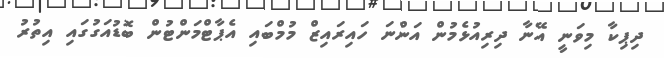
ދިޕިކާ މިވަނީ އޭނާ ދިރިއުޅެމުން އަންނަ ހައިރައިޒް މުމްބައި އެޕާޓްމަންޓުން ބޮޑުއަގުގައި އިތުރު